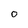
Character: 0